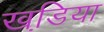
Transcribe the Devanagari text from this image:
खडि़या